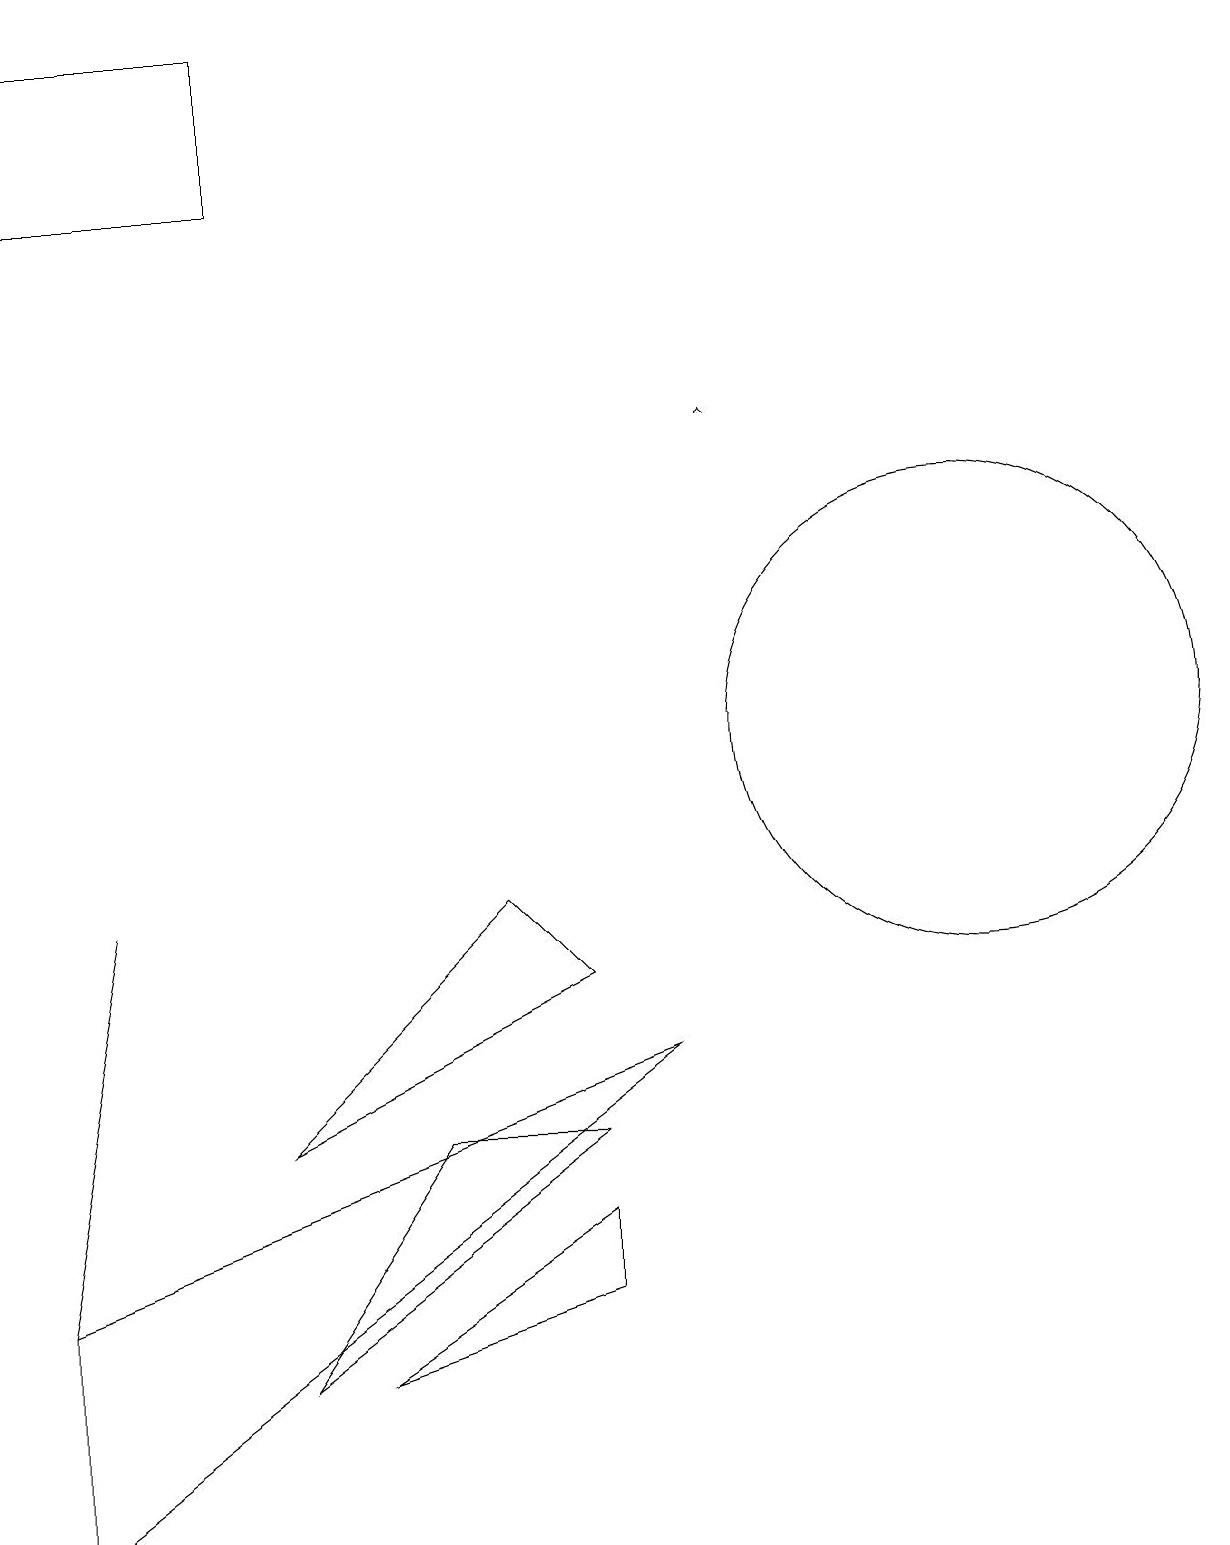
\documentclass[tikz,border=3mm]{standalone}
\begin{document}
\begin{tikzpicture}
\draw (7,4) -- (4,2) -- (7,3) -- cycle;
\draw (12,10) circle (3);
\draw (0,0) -- (8,6) -- (0,3) -- cycle;
\draw (3,17) rectangle (0,19);
\draw (7,7) -- (6,8) -- (3,5) -- cycle;
\draw (1,8) -- (1,8) -- (0,3) -- cycle;
\draw[->] (9,14) -- (9,14);
\draw (3,2) -- (7,5) -- (5,5) -- cycle;
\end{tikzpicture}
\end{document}